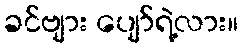
ခင်ဗျား ပျော်ရဲ့လား။